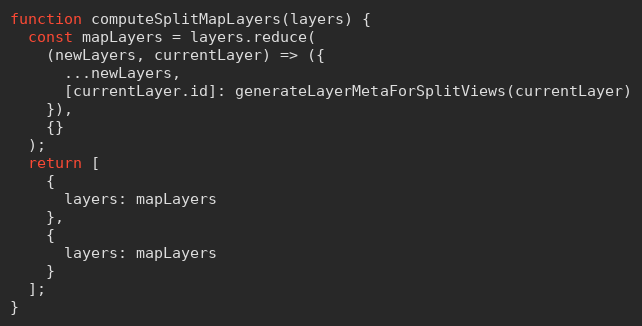
Language: JavaScript
function computeSplitMapLayers(layers) {
  const mapLayers = layers.reduce(
    (newLayers, currentLayer) => ({
      ...newLayers,
      [currentLayer.id]: generateLayerMetaForSplitViews(currentLayer)
    }),
    {}
  );
  return [
    {
      layers: mapLayers
    },
    {
      layers: mapLayers
    }
  ];
}